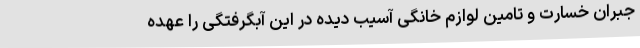
جبران خسارت و تامین لوازم خانگی آسیب دیده در این آبگرفتگی را عهده